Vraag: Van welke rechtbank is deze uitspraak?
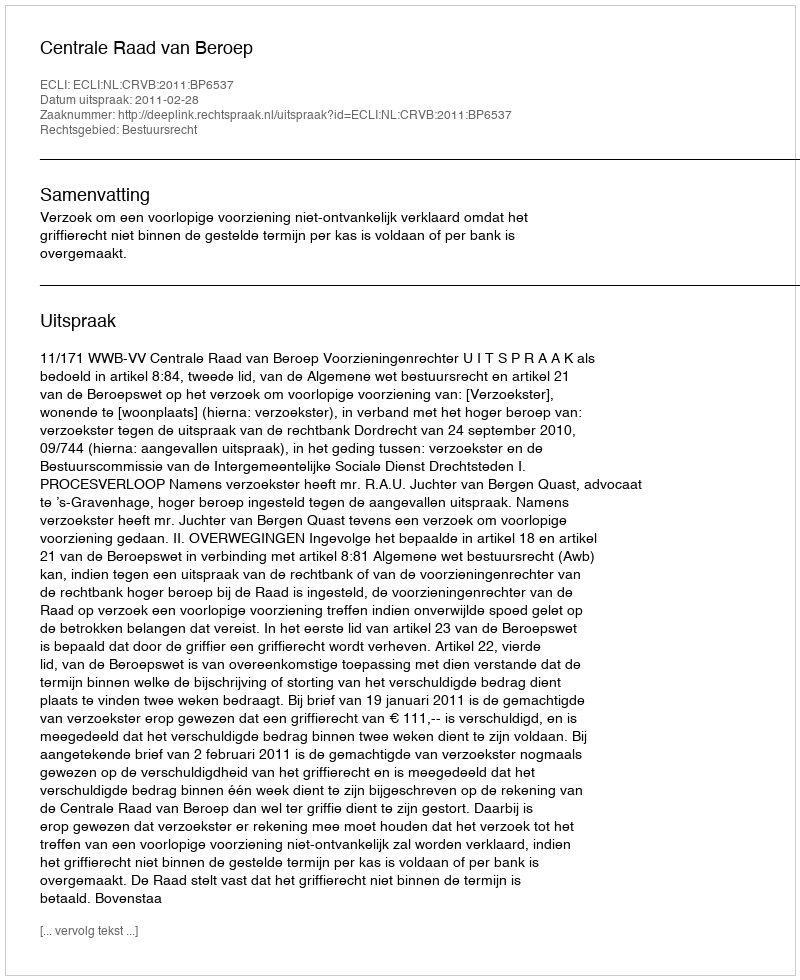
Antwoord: Centrale Raad van Beroep